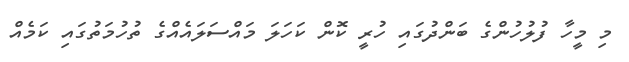
މި މީހާ ފުލުހުންގެ ބަންދުގައި ހުރީ ކޮން ކަހަލަ މައްސަަލައެއްގެ ތުހުމަތުގައި ކަމެއް